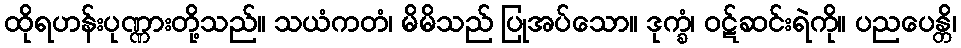
ထိုရဟန်းပုဏ္ဏားတို့သည်။ သယံကတံ၊ မိမိသည် ပြုအပ်သော။ ဒုက္ခံ၊ ဝဋ်ဆင်းရဲကို။ ပညပေန္တိ၊